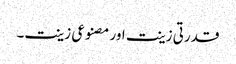
قدرتی زینت اور مصنوعی زینت۔